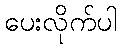
ပေးလိုက်ပါ